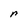
Character: r